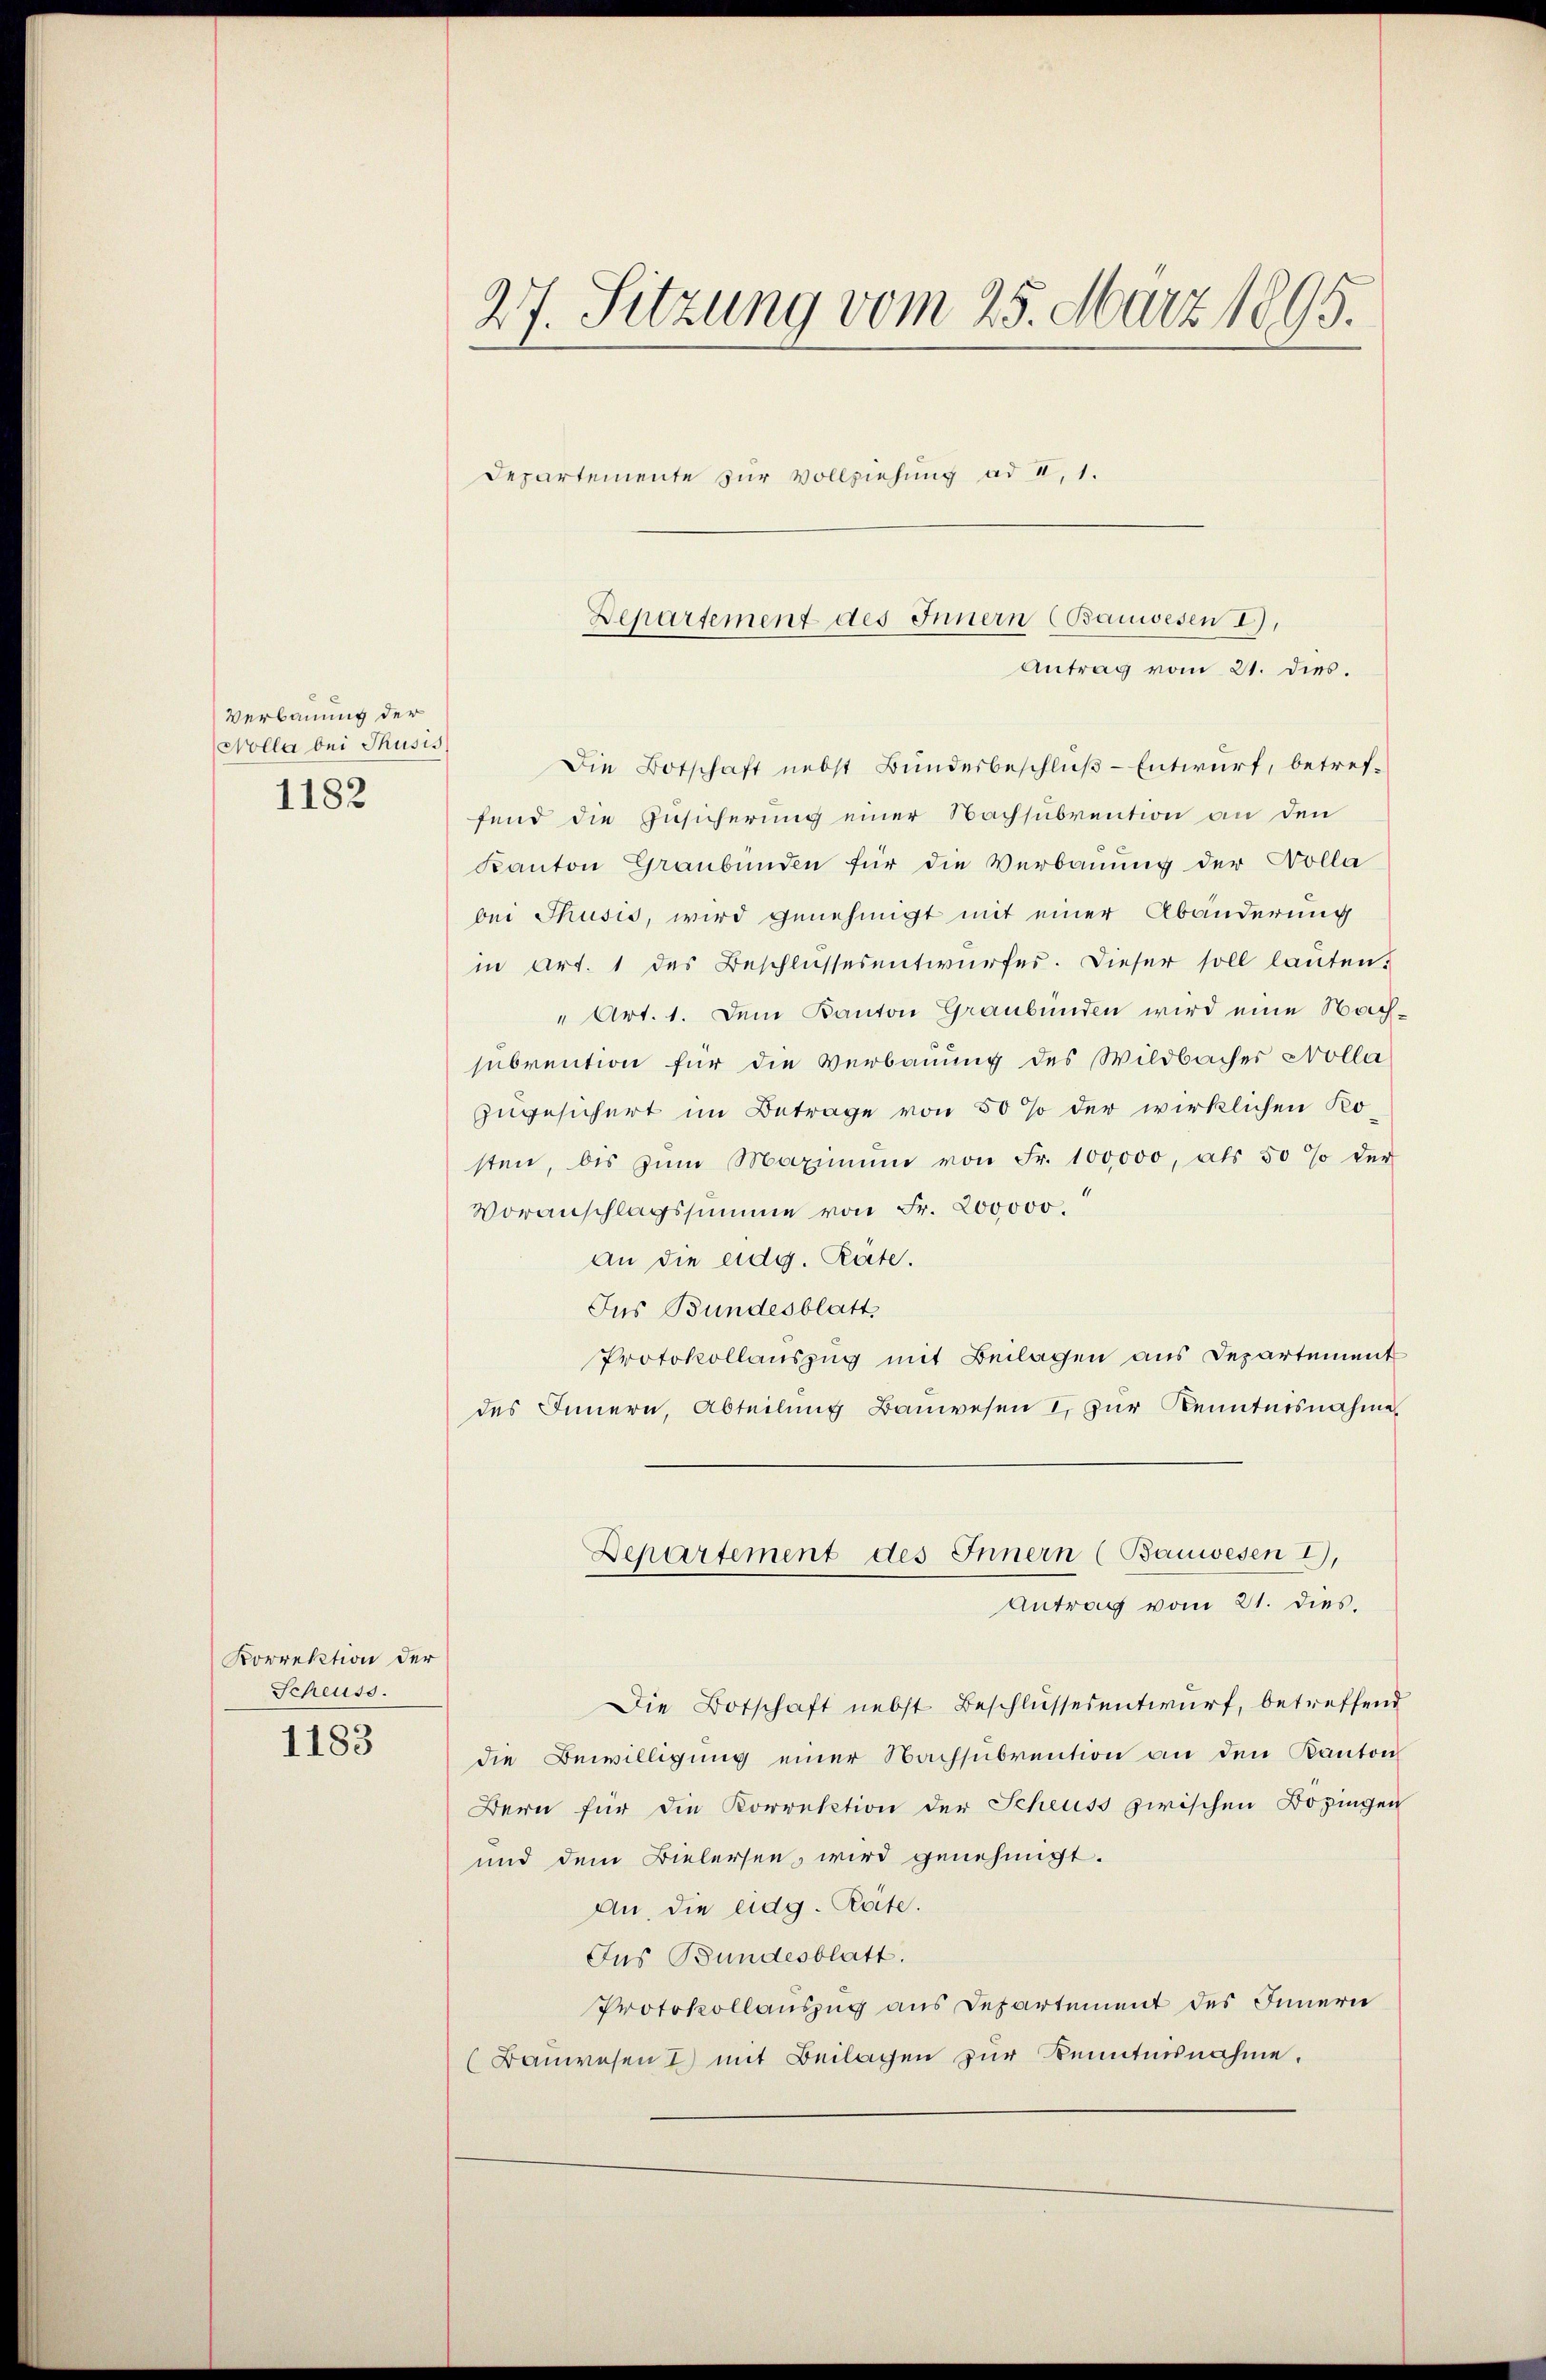
Verbauung der
Nolla bei Thusis
1182

Korrektion der
Scheuss.

1183

27. Sitzung vom 25. März 1895.

Departemente zur Vollziehung ad II,1.

Departement des Innern (Bauwesen I),

Die Botschaft nebst Bundesbeschluß - Entwurf, betreffend die Zusicherung einer Nachsubvention an den
Kanton Graubünden für die Verbauung der Wolla
bei Thusis, wird genehmigt mit einer Abänderung
in Art. 1 des Beschlussesentwurfes. Dieser soll lauten.
" Art. 1. Dem Kanton Graubünden wird eine Nachsubvention für die Verbauung des Wildbacher Kolla
zugesichert im Betrage von 50 % der wirklichen Kosten, bis zŭm Maximŭm von Fr. 100,000, als 50 % der
Voranschlagssumme von Fr. 200000.
An die eidg. Räte.
Ins Bundesblatt,
Protokollauszug mit Beilagen aus Departement
des Innern, Abteilung Bauwesen I. zur Kenntnisnahme
Departement des Innern (Bauwesen I),
Antrag vom 21. dies.
Die Botschaft nebst Beschlussesentwurf, betreffend
die Bewilligung einer Nachsubvention an den Kanton
Bern für die Korrektion der Scheuss zwischen Bözingen
und dem Bielersen, wird genehmigt.
An, die eidg. Rate.
Jus Bundesblatt.
Protokollauszug aus Departement des Innern
(Bauwesen & mit Beilagen zur Kenntnisnahme.

Antrag vom 21. dies.